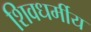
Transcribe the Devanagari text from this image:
शिवधर्मीय